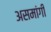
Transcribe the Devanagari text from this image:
असमांगी